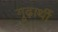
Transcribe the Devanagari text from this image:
गूढ़ार्थी